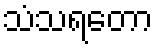
သံသရတော